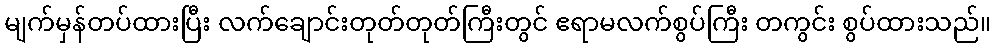
မျက်မှန်တပ်ထားပြီး လက်ချောင်းတုတ်တုတ်ကြီးတွင် ဧရာမလက်စွပ်ကြီး တကွင်း စွပ်ထားသည်။